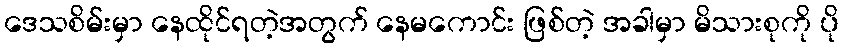
ဒေသစိမ်းမှာ နေထိုင်ရတဲ့အတွက် နေမကောင်း ဖြစ်တဲ့ အခါမှာ မိသားစုကို ပို